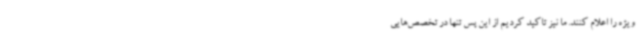
ویژه را اعلام کنند. ما نیز تاکید کردیم از این پس تنها در تخصص‌هایی